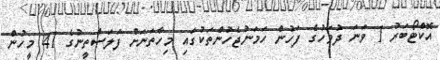
އޮކްޓޯބަރު 1 ވަނަ ދުވަހުގެ ފަހުން ހަމަނުޖެހުންތަކުގައި މިހާތަނަށް ފަލަސްތީނުގެ 41 މީހުން